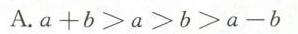
A.$$a + b > a > b > a - b$$